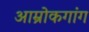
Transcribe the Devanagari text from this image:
आम्रोकगांग